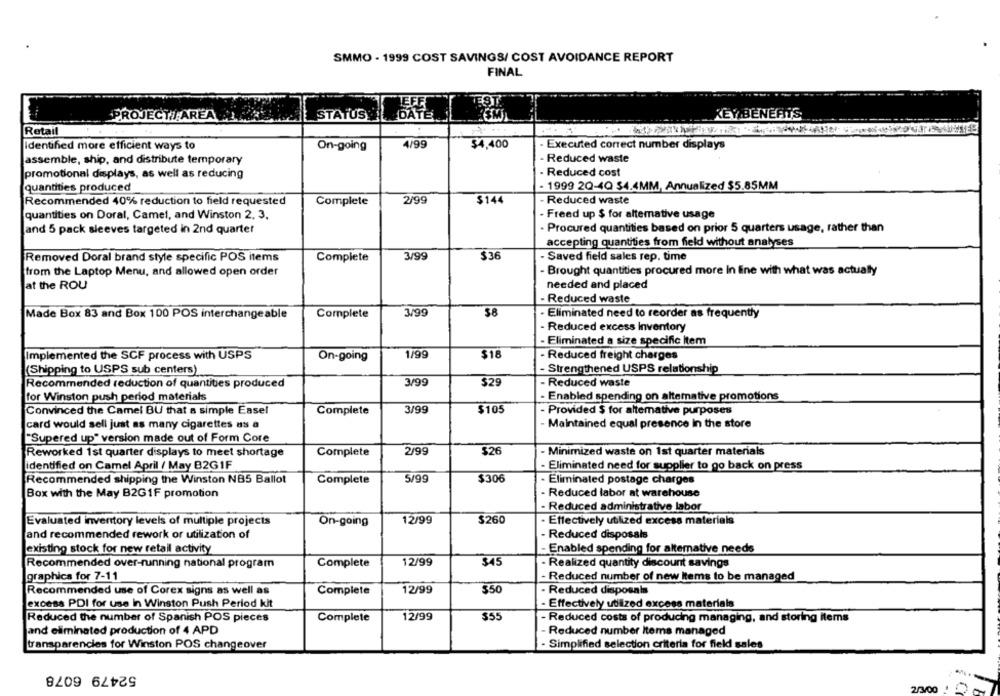
SMMO - 1999 COST SAVINGS/ COST AVOIDANCE REPORT
FINAL
LEFE
PROJECT/ AREA
STATUS
DATE
KEY BENEFITS
Retail
Identified more efficient ways to
On-going
4/99
$4,400
Executed correct number displays
assemble, ship, and distribute temporary
Reduced waste
promotional displays, as well as reducing
Reduced cost
quantities produced
- 1999 2Q-4Q 34.4MM, Annualized $5.85MM
Recommended 40% reduction to field requested
Complete
2/99
$144
Reduced waste
quantities on Doral, Camel, and Winston 2, 3,
- Freed up $ for altemative usage
Procured quantities based on prior 5 quarters usage, rather than
and 5 pack sleeves targeted in 2nd quarter
accepting quantities from field without analyses
Removed Doral brand style specific POS items
Complete
3/99
$36
Saved field sales rep. time
- Brought quantities procured more In line with what was actually
from the Laptop Menu, and allowed open order
at the ROU
needed and placed
. Reduced waste
3/99
$8
- Eliminated need to reorder as frequently
Made Box 83 and Box 100 POS interchangeable
Complete
Reduced excess Inventory
Eliminated a size specific Item
1/99
$18
Implemented the SCF process with USPS
On-going
· Reduced freight charges
(Shipping to USPS sub centers)
- Strengthened USPS relationship
3/99
$29
- Reduced waste
Recommended reduction of quantities produced
for Winston push period materials
- Enabled spending on alternative promotions
Convinced the Camel BU that a simple Easel
Complete
3/99
$105
Provided $ for altemative purposes
card would sell just as many cigarettes as a
Maintained equal presence in the store
"Supered up" version made out of Form Core
Reworked 1st quarter displays to meet shortage
Complete
2/99
$26
- Minimized waste on 1st quarter materials
identified on Camel April / May B2G1F
- Eliminated need for supplier to go back on press
Recommended shipping the Winston NB5 Ballot
5/99
$306
Eliminated postage charges
Complete
Box with the May B2GIF promotion
- Reduced labor at warehouse
- Reduced administrative labor
Evaluated inventory levels of multiple projects
On-going
12/99
$260
· Effectively utilized excess materials
and recommended rework or utilization of
Reduced disposals
existing stock for new retail activity
Enabled spending for alternative needs
Recommended over-running national program
Complete
12/99
$45
Realized quantity discount savings
graphics for 7-11
Reduced number of new Items to be managed
Recommended use of Corex signs as well as
Complete
12/99
$50
Reduced disposals
excess PDI for use in Winston Push Period kit
Effectively utilized excess materials
Reduced the number of Spanish POS pieces
Complete
12/99
$55
- Reduced costs of producing managing, and storing items
and eliminated production of 4 APD
Reduced number Items managed
transparencies for Winston POS changeover
- Simplified selection criteria for field sales
52479 6078
2/3/00 1 )